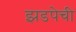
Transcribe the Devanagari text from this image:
झडपेची